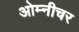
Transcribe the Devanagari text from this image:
ओम्नीचर